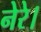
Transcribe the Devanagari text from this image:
नेरे।